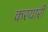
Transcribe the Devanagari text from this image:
करयारी